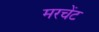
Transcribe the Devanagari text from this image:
मरचेंट